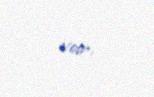
var.